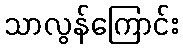
သာလွန်ကြောင်း